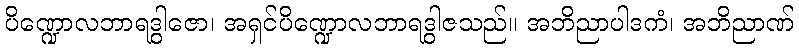
ပိဏ္ဍောလဘာရဒွါဇော၊ အရှင်ပိဏ္ဍောလဘာရဒွါဇသည်။ အဘိညာပါဒကံ၊ အဘိညာဏ်